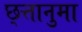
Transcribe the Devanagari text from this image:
छ्त्तानुमा